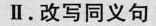
Ⅱ.改写同义句